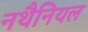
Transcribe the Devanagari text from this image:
नथैनियल